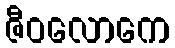
ဇီဝလောကေ